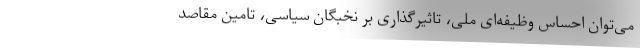
می‌توان احساس وظیفه‌ای ملی‌، تاثیر‌گذاری بر نخبگان سیاسی‌، تامین مقاصد